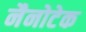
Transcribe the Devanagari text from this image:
नैनोटेक